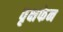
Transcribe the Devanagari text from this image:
वृक्षफेन